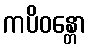
ကပိဝန္တော